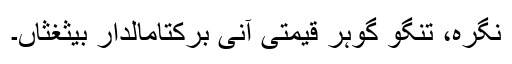
نگرہ، تنگو گوہر قیمتی آنی برکتامالدار بیثغثاں۔